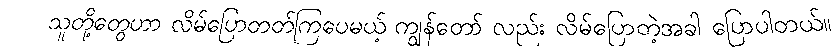
သူတို့တွေဟာ လိမ်ပြောတတ်ကြပေမယ့် ကျွန်တော် လည်း လိမ်ပြောတဲ့အခါ ပြောပါတယ်။